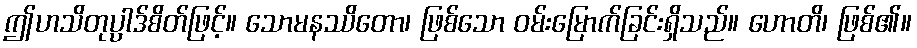
ဤဟသိတုပ္ပါဒ်စိတ်ဖြင့်။ သောမနဿိတော၊ ဖြစ်သော ဝမ်းမြောက်ခြင်းရှိသည်။ ဟောတိ၊ ဖြစ်၏။